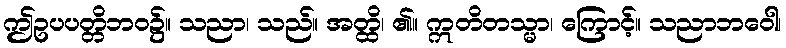
ဤဥပပတ္တိဘဝ၌။ သညာ၊ သည်။ အတ္ထိ၊ ၏။ ဣတိတသ္မာ၊ ကြောင့်။ သညာဘဝေါ၊